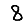
Digit: 8